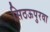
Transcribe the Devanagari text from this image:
सिठऊपुरवा